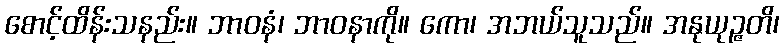
စောင့်ထိန်းသနည်း။ ဘာဝနံ၊ ဘာဝနာကို။ ကော၊ အဘယ်သူသည်။ အနုယုဉ္ဇတိ၊